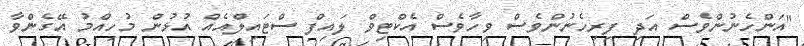
"އަންހެނުންވެސް އަދި ފިރިހެނުންވެސް ވިހާވެސް އެކްޓިވް ލައިފް ސްޓައިލްއެއް އުޅުން މުހިއްމު އޭގެންވާ